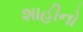
શાહીનો